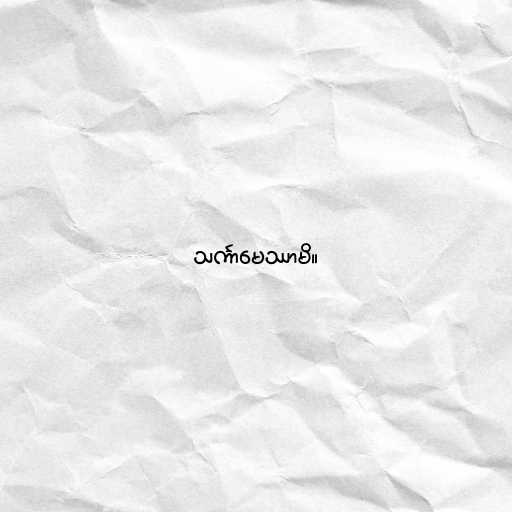
သင်္ကာမေဿာမိ။